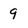
Character: g